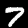
Label: 7